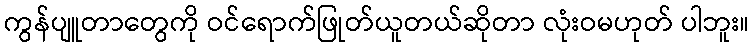
ကွန်ပျူတာတွေကို ဝင်ရောက်ဖြုတ်ယူတယ်ဆိုတာ လုံးဝမဟုတ် ပါဘူး။